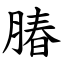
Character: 䐏